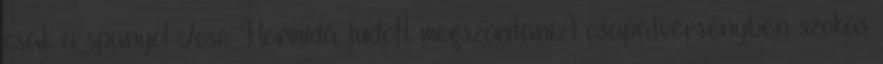
csak a spanyol José Hermida tudott megszorítani.A csapatversenyben szokás